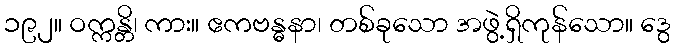
၁၉၂။ ဝက္ကန္တိ၊ ကား။ ဧကဗန္ဓနာ၊ တစ်ခုသော အဖွဲ့ရှိကုန်သော။ ဒွေ